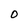
Character: O